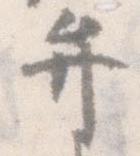
弁